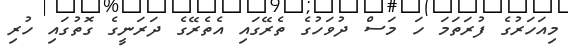
މިއަހަރުގެ ފުރަތަމަ ހަ މަސް ދުވަހުގެ ތެރޭގައި އެތެރޭގެ ދަރަނީގެ ގޮތުގައި ހުރި